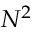
N ^ { 2 }